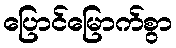
ပြောင်မြောက်စွာ